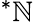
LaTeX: ^{*}\mathbb{N}